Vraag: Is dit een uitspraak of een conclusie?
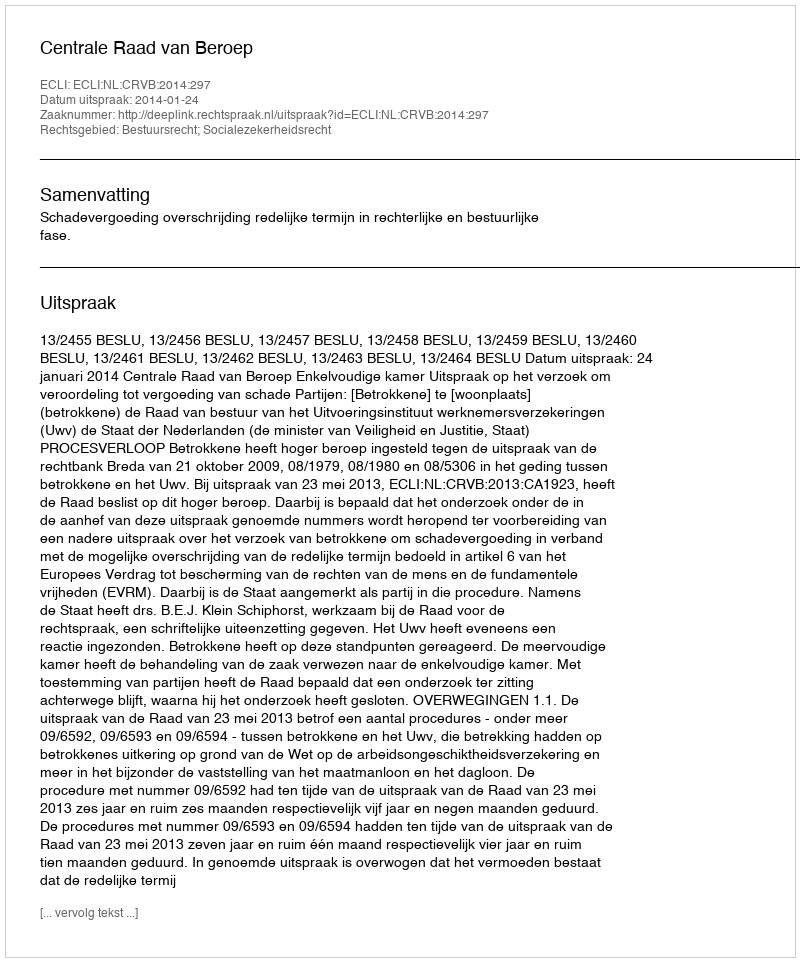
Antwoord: Uitspraak